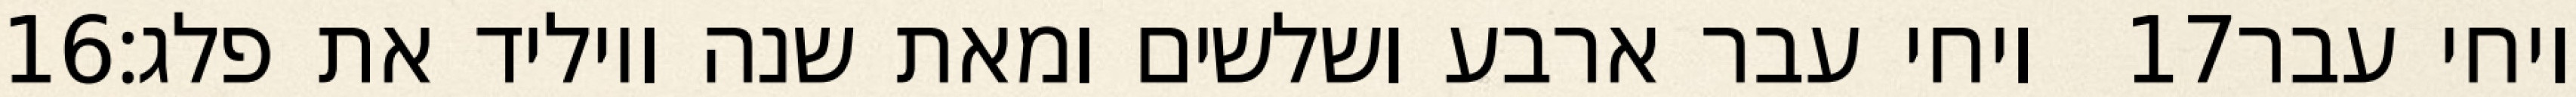
‎16‏ ויחי עבר ארבע ושלשים ומאת שנה ויוליד את פלג׃ ‎17‏ ויחי עבר